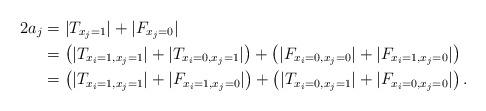
LaTeX: \begin{align*}2a_j &= |T_{x_j = 1}|+|F_{x_j = 0}| \\ &= \left( |T_{x_i = 1, x_j = 1}| + |T_{x_i = 0, x_j = 1}|\right) + \left( |F_{x_i = 0, x_j = 0}| + |F_{x_i = 1, x_j = 0}|\right) \\ &= \left( |T_{x_i = 1, x_j = 1}| + |F_{x_i = 1, x_j = 0}|\right) + \left( |T_{x_i = 0, x_j = 1}| + |F_{x_i = 0, x_j = 0}| \right).\end{align*}